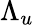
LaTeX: \Lambda_{u}